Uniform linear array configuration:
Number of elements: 8
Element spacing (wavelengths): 1
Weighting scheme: blackman
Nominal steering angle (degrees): -45
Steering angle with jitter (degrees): -45.197
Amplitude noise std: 0.05
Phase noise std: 0.05

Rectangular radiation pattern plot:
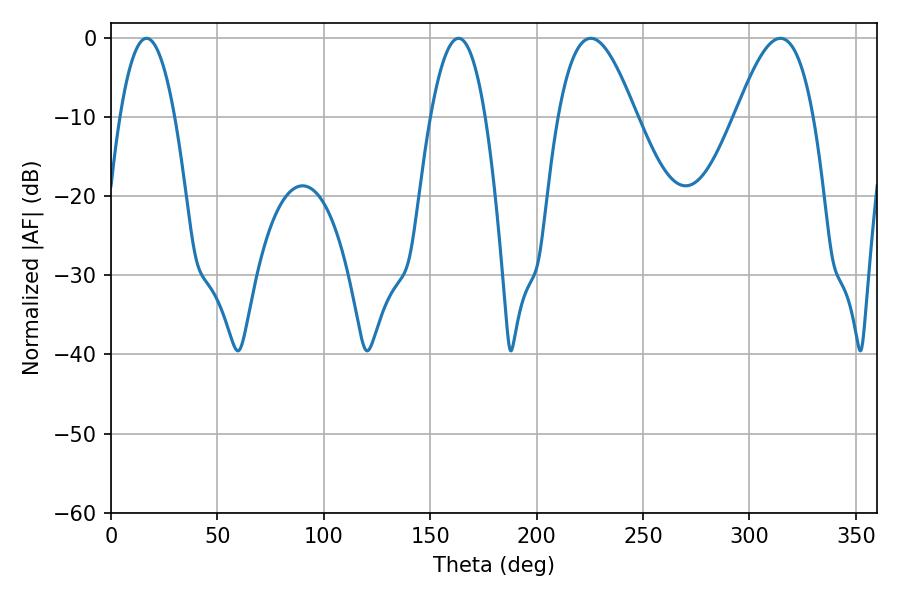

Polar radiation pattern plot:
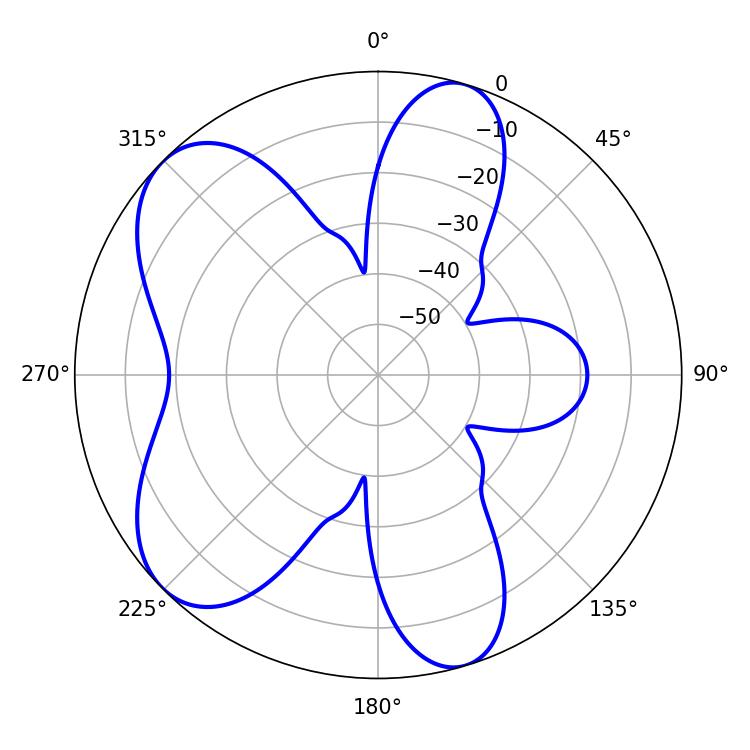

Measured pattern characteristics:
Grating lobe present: TRUE
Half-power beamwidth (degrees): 14.22
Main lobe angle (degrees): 16.74